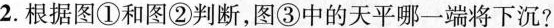
2.根据图①和图②判断，图③中的天平哪一端将下沉?